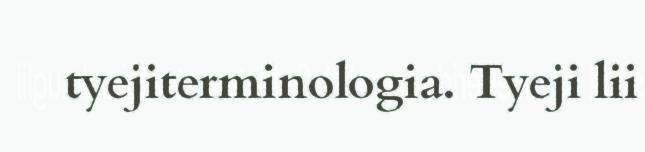
tyejiterminologia. Tyeji lii